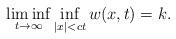
LaTeX: \begin{align*}\displaystyle\liminf _{t \rightarrow \infty} \inf _{|x|<c t} w(x, t)=k.\end{align*}